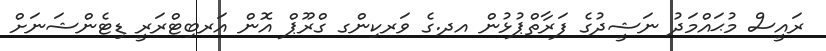
ރައީސް މުޙައްމަދު ނަޝީދުގެ ފަރާތްޕުޅުން އދ.ގެ ވަރކިންގ ގްރޫޕް އޮން އަރބިޓްރަރީ ޑިޓެންޝަނަށް